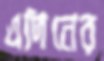
এদিনের